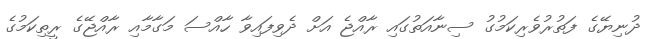
ދުނިޔޭގެ ފަތުރުވެރިކަމުގު ސިނާއަތުގައި ރާއްޖެ އަށް ދެވިފައިވާ ހާއްސަ މަގާމާއި ރާއްޖޭގެ ރީތިކަމުގެ